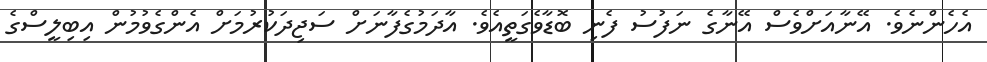
އެހެންނެވެ. އޭނާއަށްވެސް އޭނާގެ ނަފުސު ފެނި ބޮޑާވެގަތީއެވެ. އާދަމުގެފާނަށް ސަޖިދަކުރުމަށް އެންގެވުމުން އިބިލީސްގެ